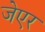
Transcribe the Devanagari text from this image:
जेएर